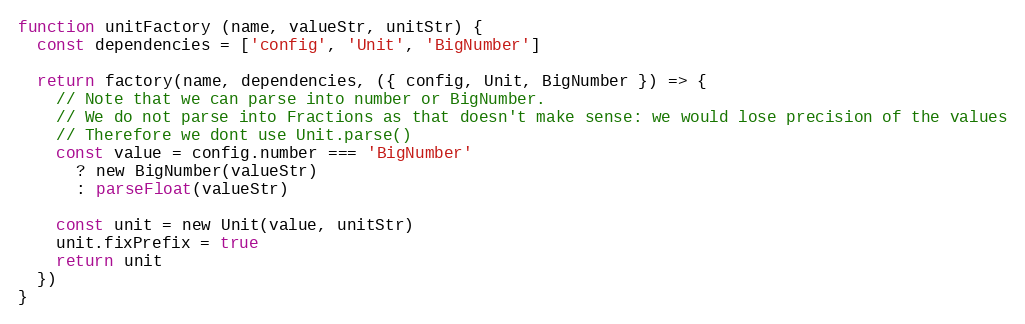
Language: JavaScript
function unitFactory (name, valueStr, unitStr) {
  const dependencies = ['config', 'Unit', 'BigNumber']

  return factory(name, dependencies, ({ config, Unit, BigNumber }) => {
    // Note that we can parse into number or BigNumber.
    // We do not parse into Fractions as that doesn't make sense: we would lose precision of the values
    // Therefore we dont use Unit.parse()
    const value = config.number === 'BigNumber'
      ? new BigNumber(valueStr)
      : parseFloat(valueStr)

    const unit = new Unit(value, unitStr)
    unit.fixPrefix = true
    return unit
  })
}